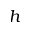
h